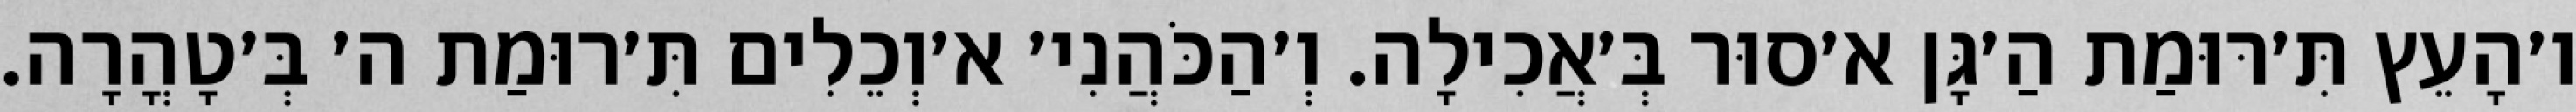
ו׳הָעֵץ תִּ׳רּוּמַת הַ׳גָּן א׳סוּר בְּ׳אֲכִילָה. וְ׳הַכֹּהֲנִי׳ א׳וְכֵלִים תִּ׳רוּמַת ה׳ בְּ׳טָהֳרָה.